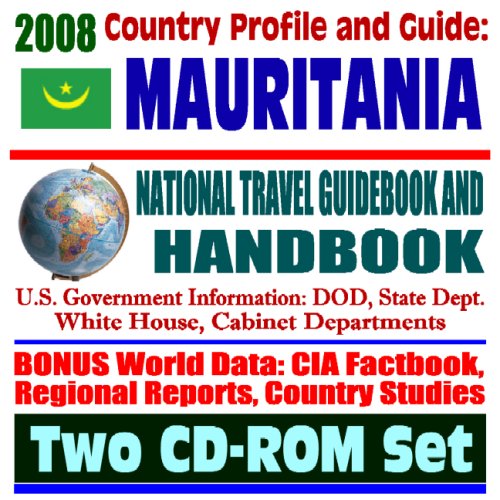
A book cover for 2008 Country Profile and Guide to Mauritania- National Travel Guidebook and Handbook - Locusts, Famine, AELGA, Arab Maghreb Union, Peace Corps, USAID (Two CD-ROM Set); U.S. Government; Travel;